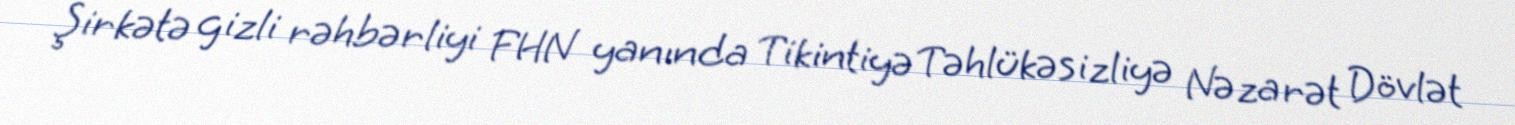
Şirkətə gizli rəhbərliyi FHN yanında Tikintiyə Təhlükəsizliyə Nəzarət Dövlət